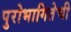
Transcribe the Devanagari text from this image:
पुरोभागितेची